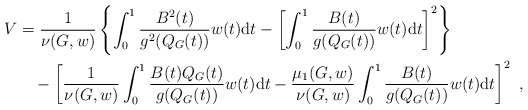
\begin{align*} V&=\frac{1}{\nu (G,w)}\left\{ \int_0^1\frac{B^2(t) }{g^2(Q_G(t))}w(t)\mathrm{d}t- \left[\int_0^1 \frac{B(t) }{g(Q_G(t))}w(t) \mathrm{d}t\right]^2\right\}\\ &\ \ \ -\left[\frac{1}{\nu(G,w)}\int_0^1 \frac{B(t) Q_G(t)}{g(Q_G(t))}w(t)\mathrm{d}t-\frac{\mu_1(G,w)}{\nu(G,w)}\int_0^1\frac{B(t) }{g(Q_G(t))}w(t) \mathrm{d}t\right]^2\ ,\end{align*}